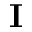
\mathbf { I }